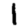
Digit: 1